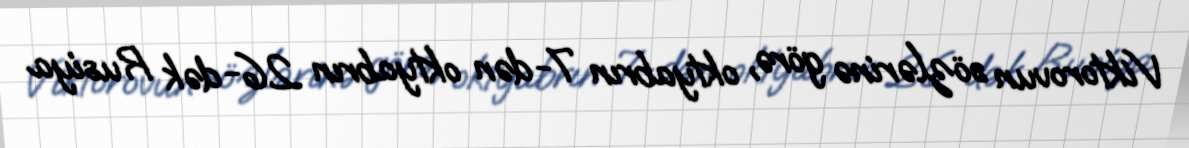
Viktorovun sözlərinə görə, oktyabrın 7-dən oktyabrın 26-dək Rusiya